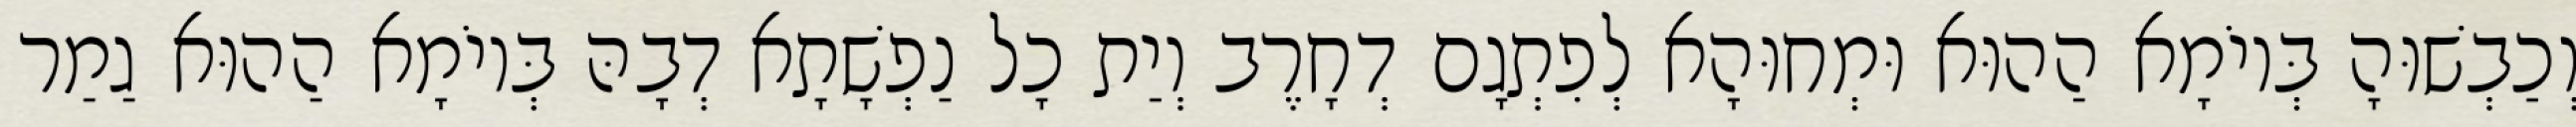
וְכַבְשׁוּהָ בְּיוֹמָא הַהוּא וּמְחוּהָא לְפִתְגָם דְחָרֶב וְיַת כָל נַפְשָׁתָא דְבָהּ בְּיוֹמָא הַהוּא גַמַר